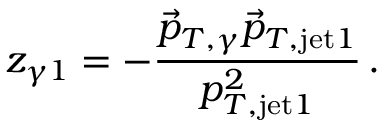
z _ { \gamma 1 } = - \frac { \vec { p } _ { T , \gamma } \vec { p } _ { T , \mathrm { j e t } 1 } } { p _ { T , \mathrm { j e t } 1 } ^ { 2 } } \, .